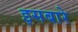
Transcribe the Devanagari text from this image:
इसबारे